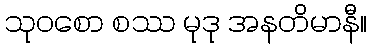
သုဝစော စဿ မုဒု အနတိမာနီ။